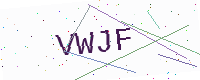
Text: VWJF